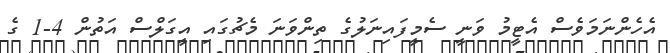
އެހެންނަމަވެސް އެޓީމު ވަނީ ސެމީފައިނަލުގެ ތިންވަނަ މެޗުގައި އީގަލްސް އަތުން 4-1 ގެ